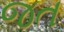
જત